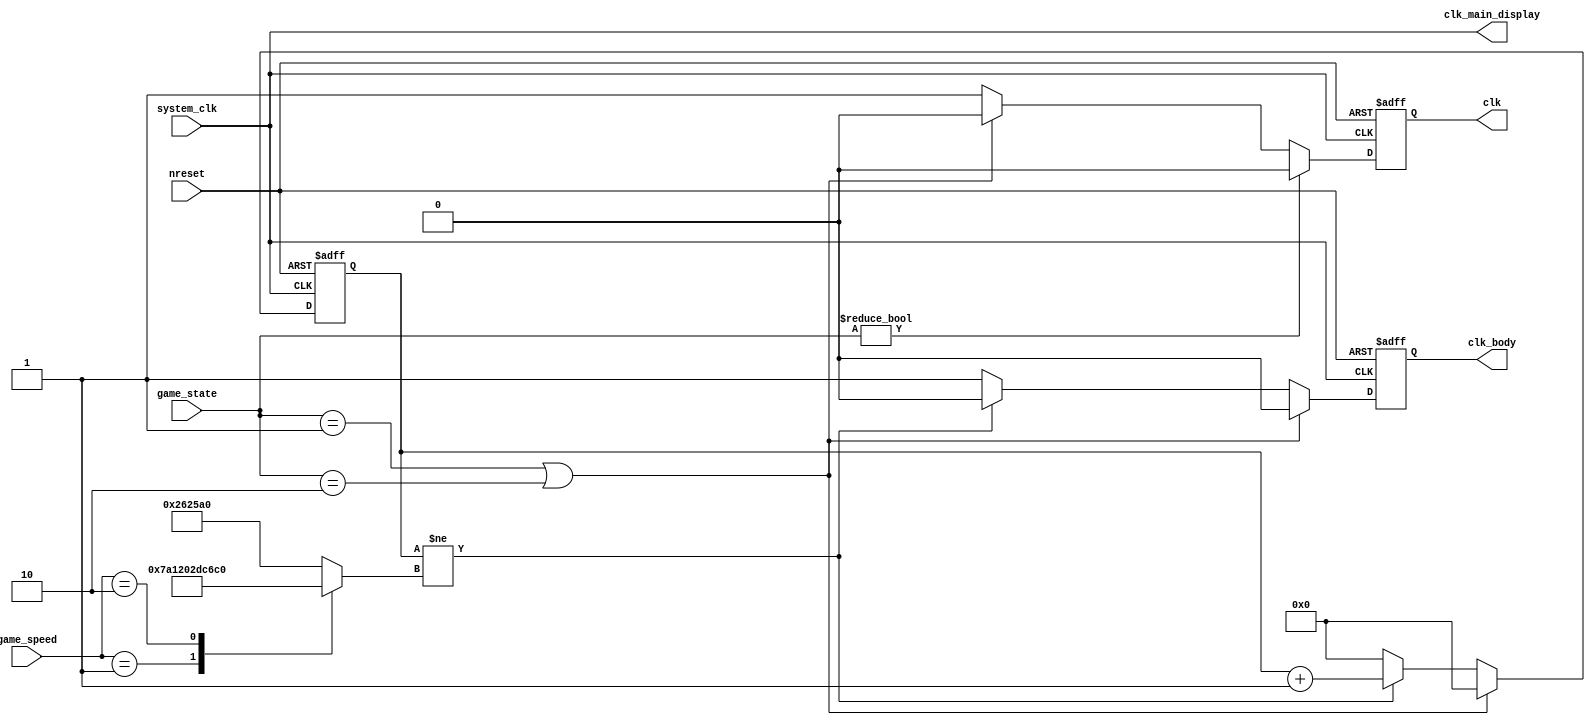
`default_nettype none
module t06_clock (
	system_clk,
	nreset,
	game_state,
	game_speed,
	clk,
	clk_main_display,
	clk_body
);
	reg _sv2v_0;
	input wire system_clk;
	input wire nreset;
	input wire [1:0] game_state;
	input wire [1:0] game_speed;
	output reg clk;
	output wire clk_main_display;
	output reg clk_body;
	reg next_clk;
	reg next_body_clk;
	reg [21:0] counter;
	reg [21:0] next_counter;
	reg [21:0] max_count;
	always @(posedge system_clk or negedge nreset)
		if (~nreset)
			clk <= 0;
		else if (game_state != 2'b00)
			clk <= 0;
		else
			clk <= next_clk;
	always @(posedge system_clk or negedge nreset)
		if (~nreset) begin
			clk_body <= 0;
			counter <= 0;
		end
		else begin
			clk_body <= next_body_clk;
			counter <= next_counter;
		end
	assign clk_main_display = system_clk;
	always @(*) begin
		if (_sv2v_0)
			;
		case (game_speed)
			2'b00: max_count = 2500000;
			2'b01: max_count = 2000000;
			2'b10: max_count = 3000000;
			default: max_count = 2500000;
		endcase
		if ((game_state == 2'b01) || (game_state == 2'b10)) begin
			next_counter = 0;
			next_body_clk = 0;
		end
		else if (counter != max_count) begin
			next_counter = counter + 22'd1;
			next_body_clk = 0;
		end
		else begin
			next_counter = 0;
			next_body_clk = 1;
		end
	end
	always @(*) begin
		if (_sv2v_0)
			;
		if ((game_state == 2'b01) || (game_state == 2'b10))
			next_clk = 0;
		else
			next_clk = 1;
	end
	initial _sv2v_0 = 0;
endmodule